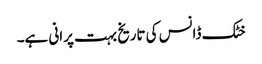
خٹک ڈانس کی تاریخ بہت پرانی ہے۔